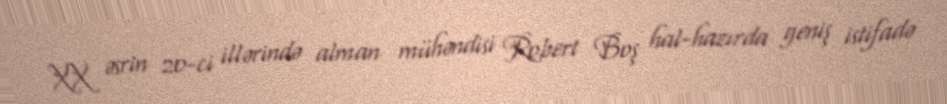
XX əsrin 20-ci illərində alman mühəndisi Robert Boş hal-hazırda geniş istifadə